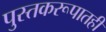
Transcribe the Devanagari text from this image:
पुस्तकरूपातही